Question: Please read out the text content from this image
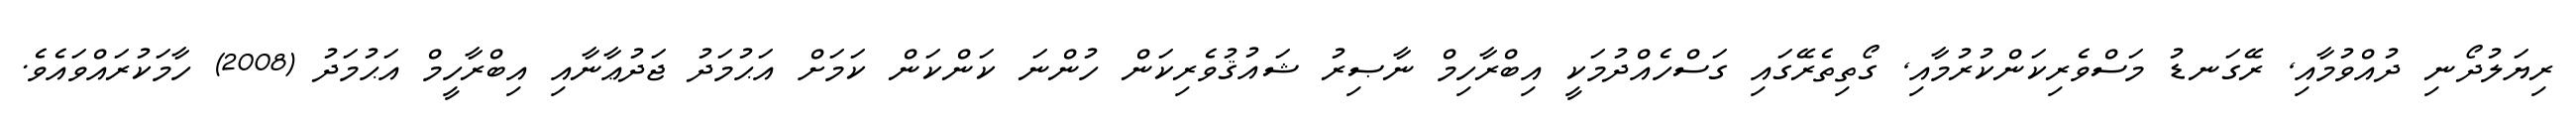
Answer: ރިޔަލުދޯނި ދުއްވުމާއި, ރޭގަނޑު މަސްވެރިކަންކުރުމާއި, ގޯތިތެރޭގައި ގަސްހެއްދުމަކީ އިބްރާހިމް ނާޞިރު ޝައުޤުވެރިކަން ހުންނަ ކަންކަން ކަމަށް އަޙުމަދު ޖަދުޢާނާއި އިބްރާހީމް އަޙުމަދު (2008) ހާމަކުރައްވައެވެ.